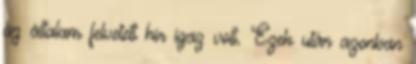
az általam felvetett hír igaz volt. Ezek után azonban